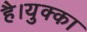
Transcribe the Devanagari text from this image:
है।युक्का